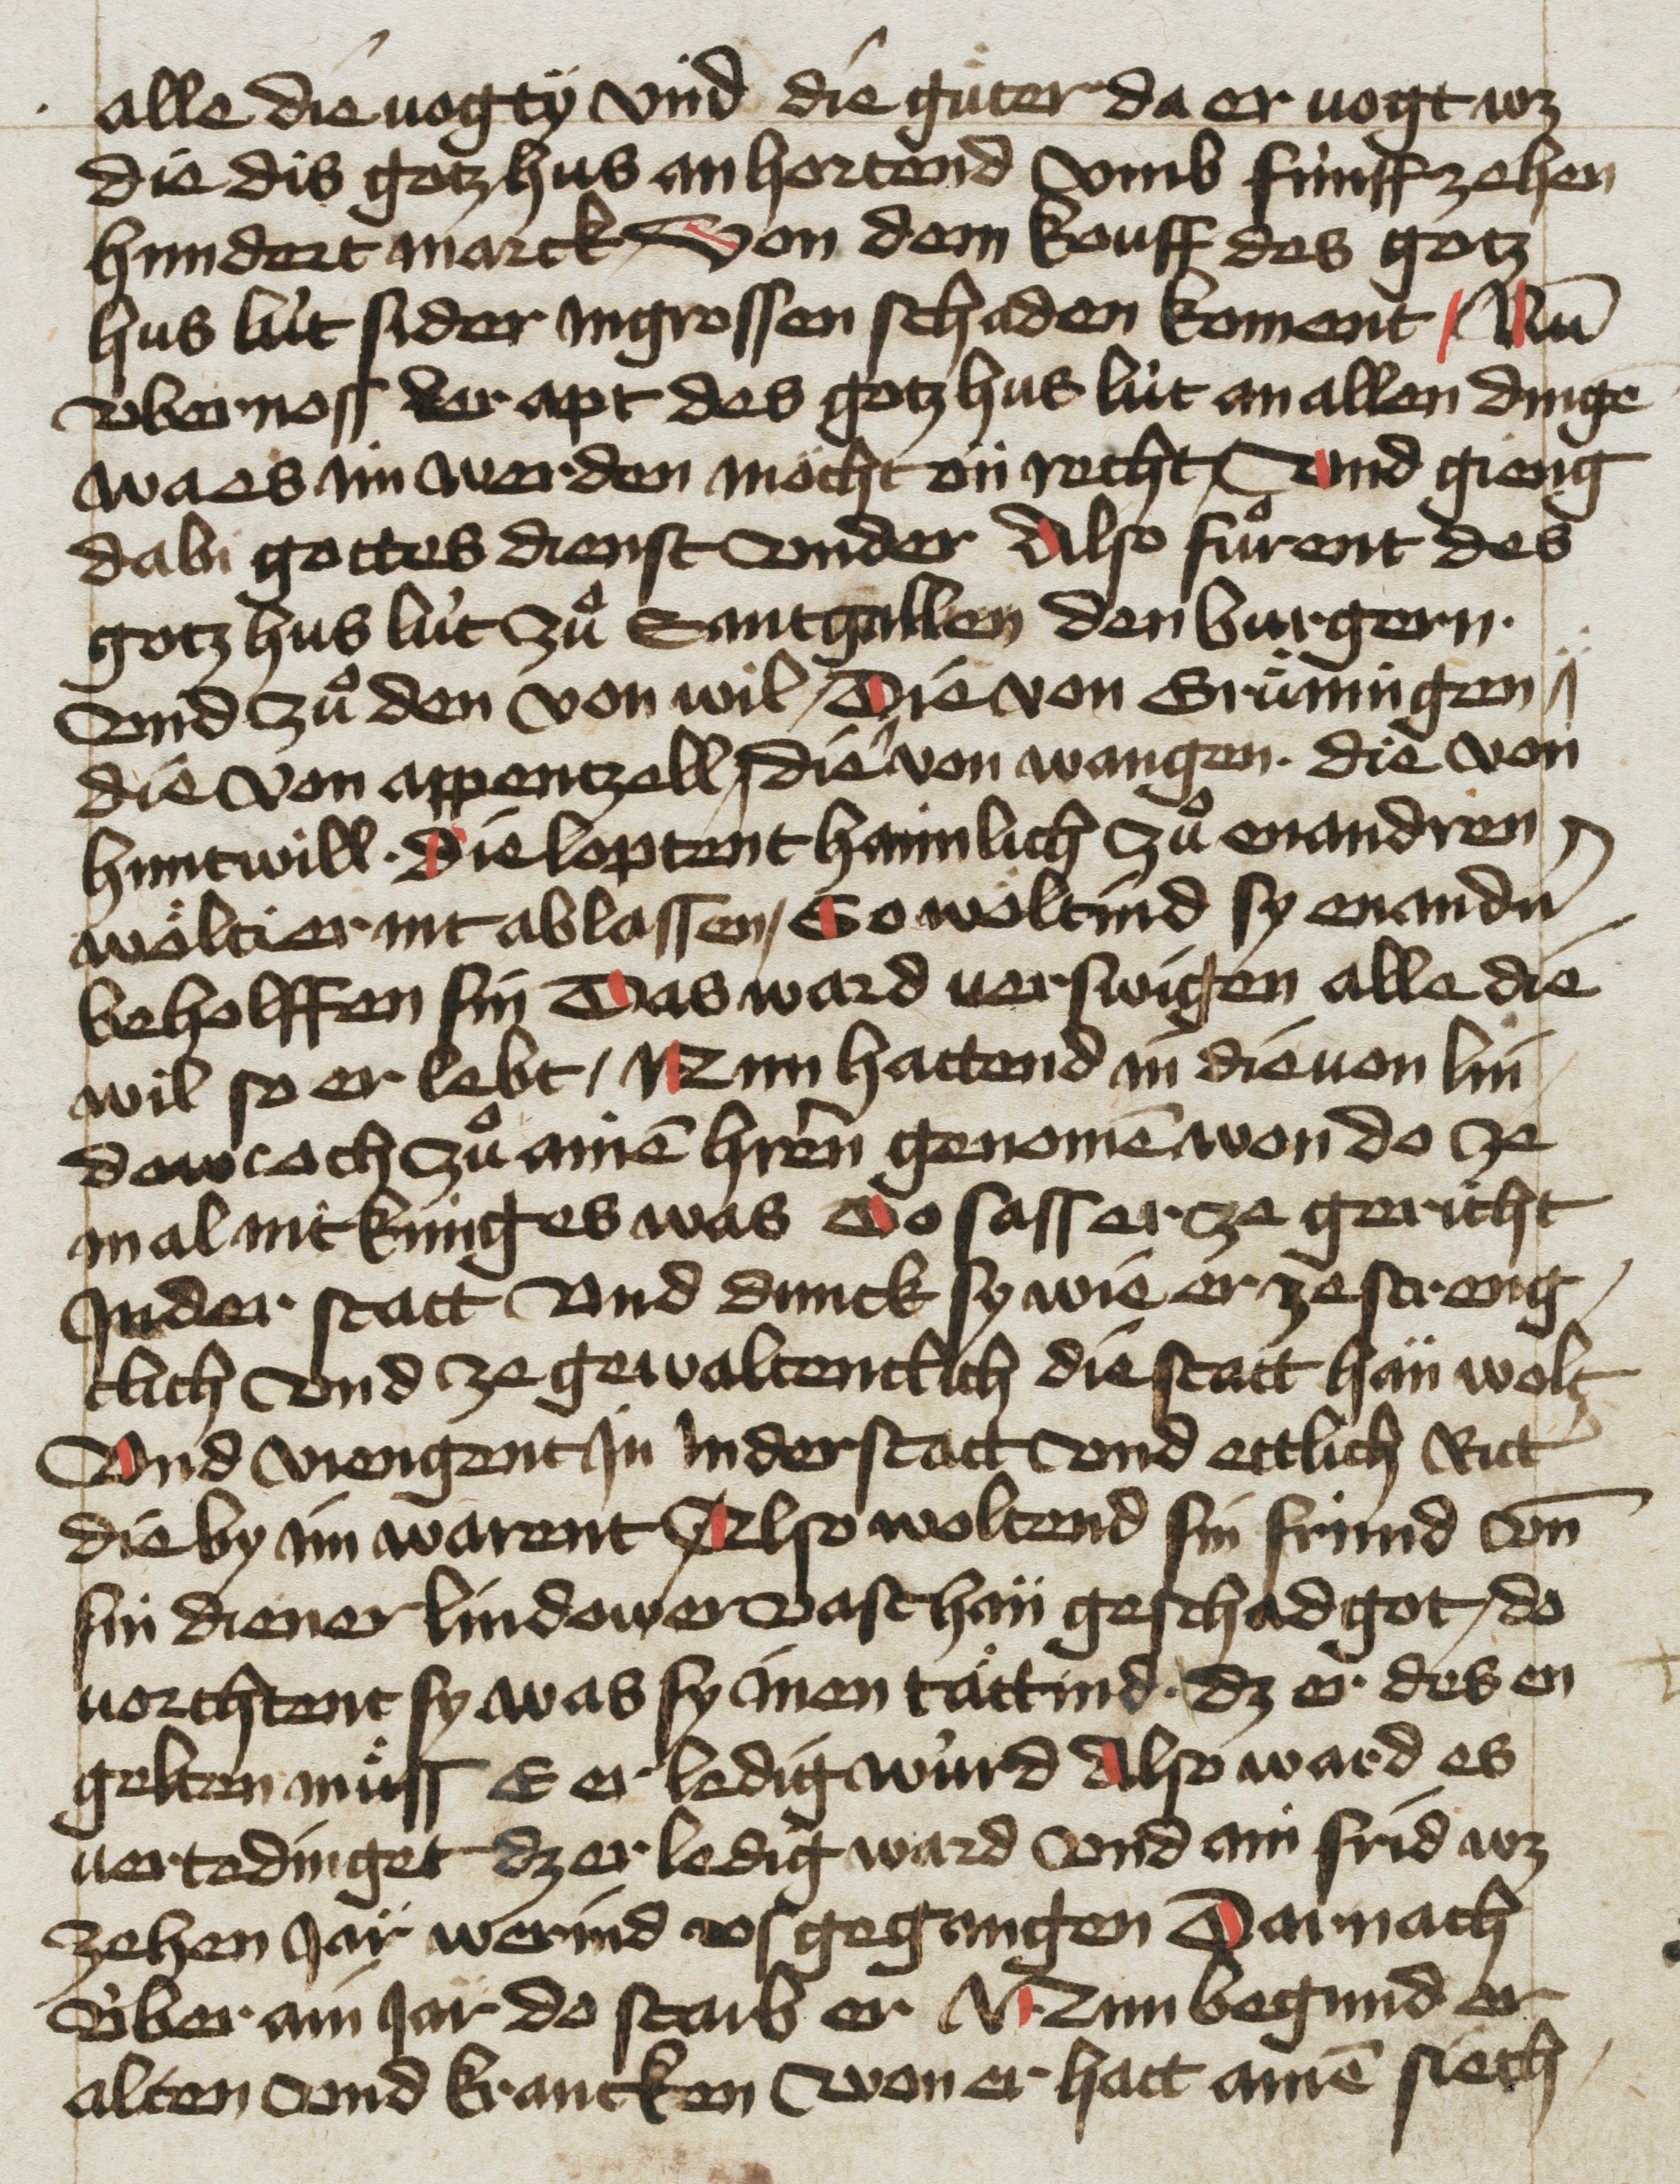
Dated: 1455–1465